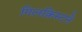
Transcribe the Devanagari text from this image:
गिलक्रिस्टने